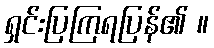
ရှင်းပြကြရပြန်၏ ။